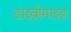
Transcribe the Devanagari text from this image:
डाइब्रोमाइड